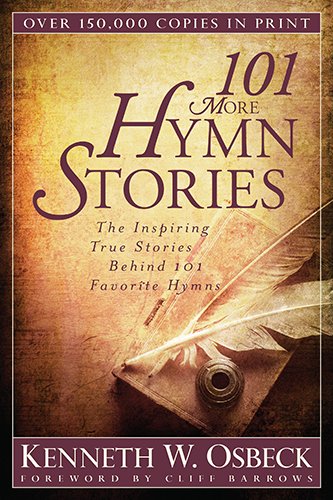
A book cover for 101 More Hymn Stories: The Inspiring True Stories Behind 101 Favorite Hymns; Kenneth W. Osbeck; Christian Books & Bibles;